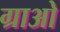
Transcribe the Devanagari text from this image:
ग्राओ